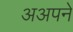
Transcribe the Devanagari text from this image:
अअपने